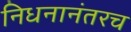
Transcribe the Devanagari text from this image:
निधनानंतरच